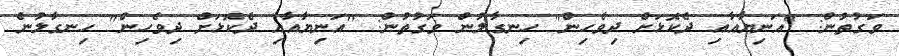
ވަގުތުން: "އަނިޔާއާއި ދެކޮޅަށް ދިވެހިން" ހިނގާލުން ވަގުތުން: "އަނިޔާއާއި ދެކޮޅަށް ދިވެހިން" ހިނގާލުން